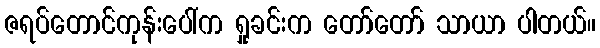
ဇရပ်တောင်ကုန်းပေါ်က ရှုခင်းက တော်တော် သာယာ ပါတယ်။